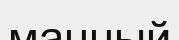
манный